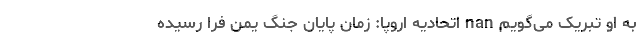
به او تبریک می‌گویم nan اتحادیه اروپا: زمان پایان جنگ یمن فرا رسیده